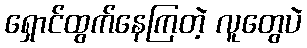
ရှောင်ထွက်နေကြတဲ့ လူတွေပဲ